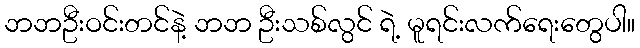
ဘဘဦးဝင်းတင်နဲ့ ဘဘ ဦးသစ်လွင် ရဲ့ မူရင်းလက်ရေးတွေပါ။